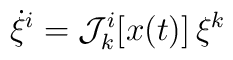
\dot\xi^i = {\cal J}^i_k[ x(t)]\, \xi^k